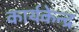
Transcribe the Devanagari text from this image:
कार्यकेन्द्र